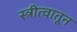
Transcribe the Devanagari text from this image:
स्त्रीत्वातून